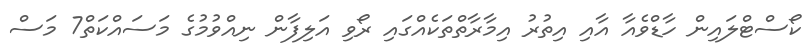
ކޯސްޓްލައިން ހާޑްވެއާ އާއި އިތުރު އިމާރާތްތަކެއްގައި ރޯވި އަލިފާން ނިއްވުމުގެ މަސައްކަތް7 މަސް